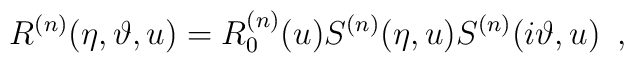
R^{(n)}(\eta ,\vartheta ,u)=R_{0}^{(n)}(u)S^{(n)}(\eta ,u)S^{(n)}(i\vartheta ,u)\, \, \, ,